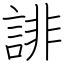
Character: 誹